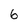
Character: 6